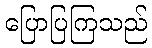
ပြောပြကြသည်